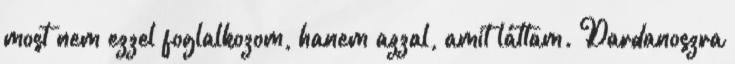
most nem ezzel foglalkozom, hanem azzal, amit láttam. Dardanoszra